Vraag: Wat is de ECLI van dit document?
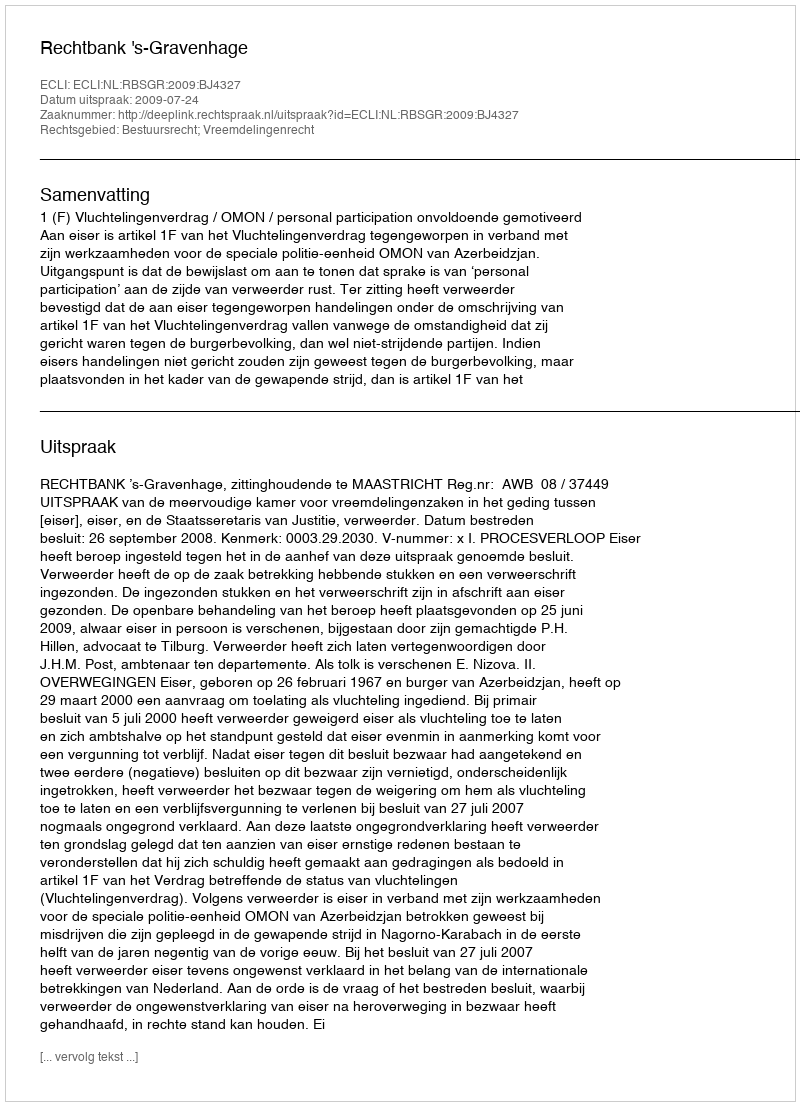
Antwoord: ECLI:NL:RBSGR:2009:BJ4327